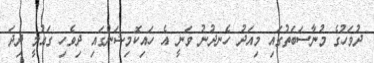
ދުވަހުގެ މުނާސަބަތުގައި މިއަދު ހެނދުނު ވަނީ އެ ހައިކޮމިޝަންގައި ދިވެހި ގައުމީ ދިދަ